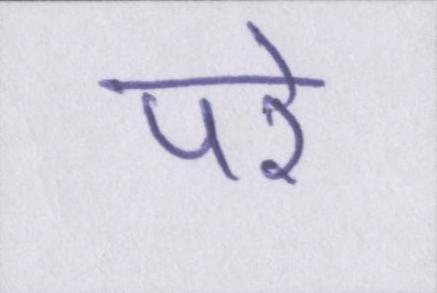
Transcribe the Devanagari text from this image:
परे